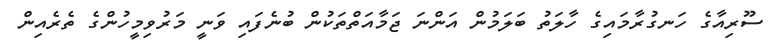
ސޫރިއާގެ ހަނގުރާމައިގެ ހާލަތު ބަލަމުން އަންނަ ޖަމާއަތްތަކުން ބުނެފައި ވަނީ މަރުވިމީހުންގެ ތެރެއިން